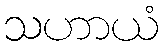
သဟာယံ